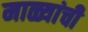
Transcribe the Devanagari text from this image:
माळ्यांची